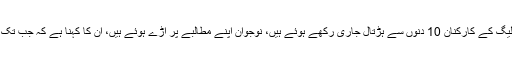
’ڈیموکریٹک یوتھ فیڈریشن آف انڈیا’، یوتھ کانگریس اور یوتھ لِیگ کے کارکنان 10 دنوں سے ہڑتال جاری رکھے ہوئے ہیں، نوجوان اپنے مطالبے پر اڑے ہوئے ہیں، ان کا کہنا ہے کہ جب تک مطالبہ پورا نہیں کیا جاتا وہ بھوک ہڑتال ختم نہیں کریں گے۔